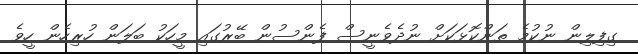
ގިފިލިން ނުކުމެ ތަންކޮޅަކަށް ނުދެވެނީސް ފެންސުން ބޭރުގައި މީހަކު ބަލަން ހުރިހެން ހީވެ